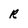
Character: R